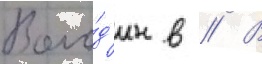
Воло́д'ин в // В